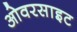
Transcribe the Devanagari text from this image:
ओवरसाइट